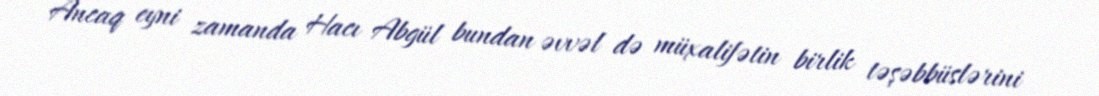
Ancaq eyni zamanda Hacı Abgül bundan əvvəl də müxalifətin birlik təşəbbüslərini